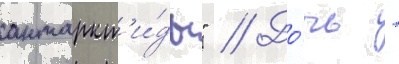
антаркт'и́ды" // До́чь -